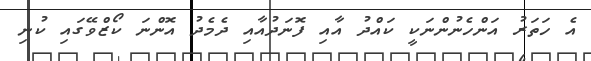
އެ ހަތަރު އަންހެނުންނަކީ ކައްދު އާއި ފޮނަދުއާއި ދެމެދު އޮންނަ ކޯޒްވޭގައި ކުނި